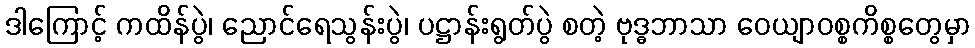
ဒါကြောင့် ကထိန်ပွဲ၊ ညောင်ရေသွန်းပွဲ၊ ပဋ္ဌာန်းရွတ်ပွဲ စတဲ့ ဗုဒ္ဓဘာသာ ဝေယျာဝစ္စကိစ္စတွေမှာ